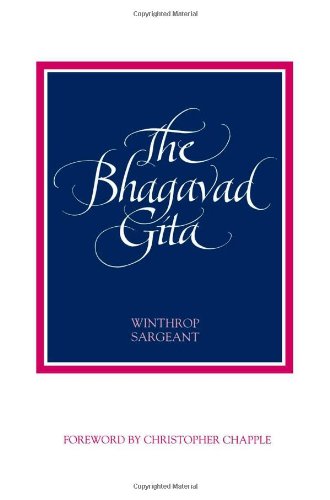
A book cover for The Bhagavad Gita (SUNY Series in Cultural Perspectives); Religion & Spirituality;